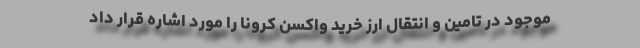
موجود در تامین و انتقال ارز خرید واکسن کرونا را مورد اشاره قرار داد